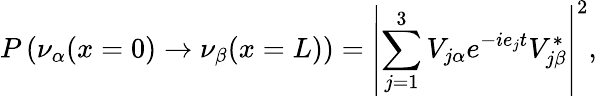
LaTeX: P\left(\nu_{\alpha}(x=0)\rightarrow\nu_{\beta}(x=L)\right)=\left|\sum_{j=1}^{3}V_{j\alpha}e^{-ie_{j}t}V_{j\beta}^{*}\right|^{2},